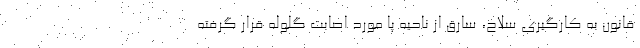
قانون به کارگیری سلاح، سارق از ناحیه پا مورد اصابت گلوله قرار گرفته